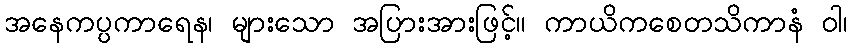
အနေကပ္ပကာရေန၊ များသော အပြားအားဖြင့်။ ကာယိကစေတသိကာနံ ဝါ၊